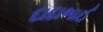
દાદાભાઈ